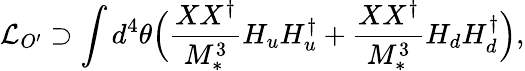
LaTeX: {\cal L}_{O^{\prime}}\supset\int{d^{4}\theta}\Big(\frac{XX^{\dagger}}{M_{*}^{3}}H_{u}H_{u}^{\dagger}+\frac{XX^{\dagger}}{M_{*}^{3}}H_{d}H_{d}^{\dagger}\Big),